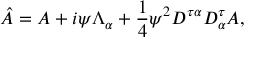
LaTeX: \hat { A } = A + i \psi \Lambda _ { \alpha } + \frac { 1 } { 4 } \psi ^ { 2 } { D ^ { \tau \alpha } D _ { \alpha } ^ { \tau } } A ,